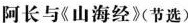
阿长与《山海经》节选)